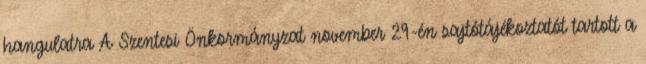
hangulatra A Szentesi Önkormányzat november 29-én sajtótájékoztatót tartott a